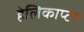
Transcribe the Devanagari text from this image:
हेलिकाप्‍टर